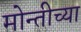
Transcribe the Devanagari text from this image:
मोन्तीच्या